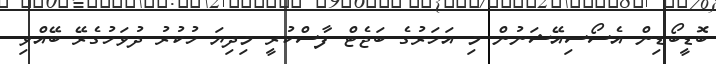
ބޮޑީބޯޑިން އެސޯސިއޭޝަނުން މި އަހަރުގެ ބަޖެޓް ފާސްކުރީ މިދިޔަ ހުކުރު ދުވަހުގެރޭ ބޭއްވި